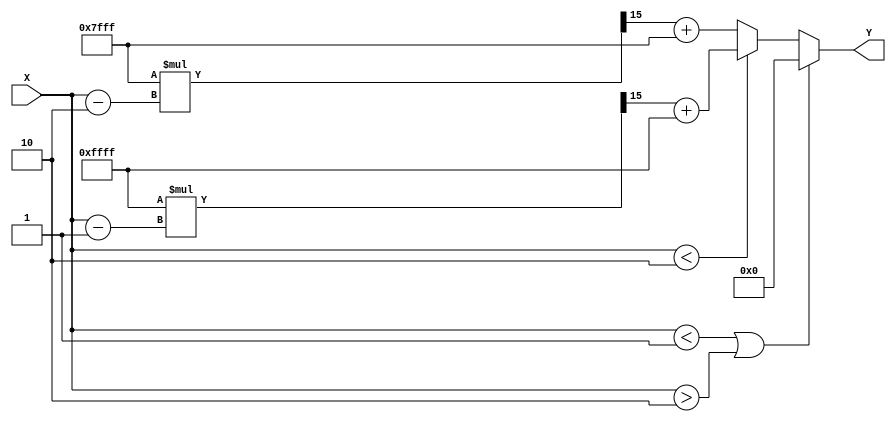
module PLA_Reciprocal (
    input  [15:0] X,       // Input (fixed-point, 16-bit representation)
    output reg [15:0] Y    // Output (16-bit representation)
);

    // Breakpoints for piecewise segments
    localparam BP0 = 16'h0001; // 1.0
    localparam BP1 = 16'h0002; // 2.0

    // Coefficients for each segment
    // Segment 1: [1.0, 1.5]
    localparam M0 = 16'hFFFF; // -1.0 (slope)
    localparam B0 = 16'hFFFF; // 2.0 (intercept)  

    // Segment 2: [1.5, 2.0]
    localparam M1 = 16'h7FFF; // 1.0 (slope)
    localparam B1 = 16'h7FFF; // -2.5 (intercept)  

    always @(*) begin
        // Default output for Y
        Y = 16'h0000;

        // Normalize the input (Assuming X is in the range 1 to 2)
        if (X < BP0 || X > BP1) begin
            Y = 16'h0000; // Out of range
        end else if (X < 16'h0002) begin // Segment 1: [1.0, 1.5]
            // Calculate Y = M0 * (X - BP0) + B0
            Y = (M0 * (X - BP0) >>> 15) + B0; // Shift right for fixed-point division
        end else begin // Segment 2: [1.5, 2.0]
            // Calculate Y = M1 * (X - BP1) + B1
            Y = (M1 * (X - BP1) >>> 15) + B1; // Shift right for fixed-point division
        end
    end
endmodule